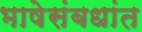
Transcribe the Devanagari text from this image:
भाषेसंबधांत